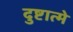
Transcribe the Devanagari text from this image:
दुष्टात्मे